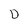
Character: D